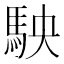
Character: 駚